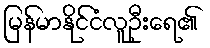
မြန်မာနိုင်ငံလူဦးရေ၏